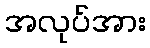
အလုပ်အား